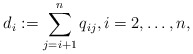
\begin{gather*}d_i:= \sum_{j=i+1}^{n} q_{ij},i=2,\ldots,n,\end{gather*}